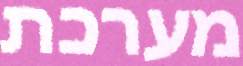
מערכת